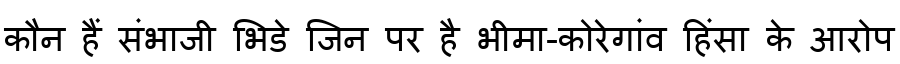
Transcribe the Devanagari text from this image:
कौन हैं संभाजी भिडे जिन पर है भीमा-कोरेगांव हिंसा के आरोप